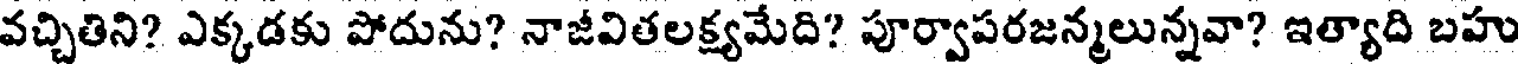
వచ్చితిని? ఎక్కడకు పోదును? నాజీవితలక్ష్యమేది? పూర్వాపరజన్మలున్నవా? ఇత్యాది బహు